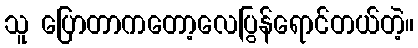
သူ ပြောတာကတော့လေပြွန်ရောင်တယ်တဲ့။